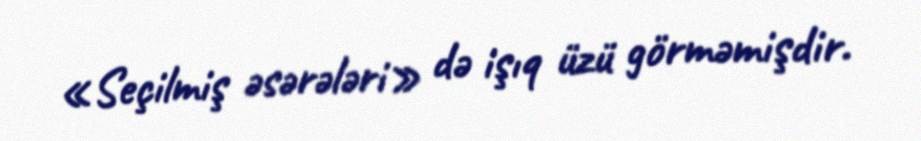
«Seçilmiş əsərələri» də işıq üzü görməmişdir.